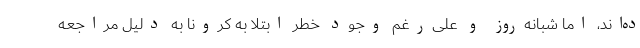
ده‌اند، اما شبانه‌روز و علی‌رغم وجود خطر ابتلا به کرونا به دلیل مراجعه